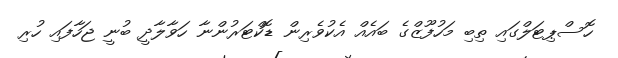
ހޮސްޕިޓަލްގައި ތިބި މަހުފޫޒްގެ ބައެއް އެކުވެރިން ޑޮކްޓަރުންނާ ހަވާލާދީ ބުނީ ޖަހާފައި ހުރި